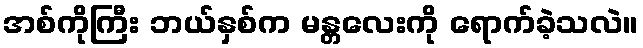
အစ်ကိုကြီး ဘယ်နှစ်က မန္တလေးကို ရောက်ခဲ့သလဲ။